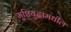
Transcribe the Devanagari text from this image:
मुष्टियुद्धामधील